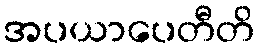
အပယာပေတီတိ